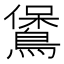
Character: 𪃁